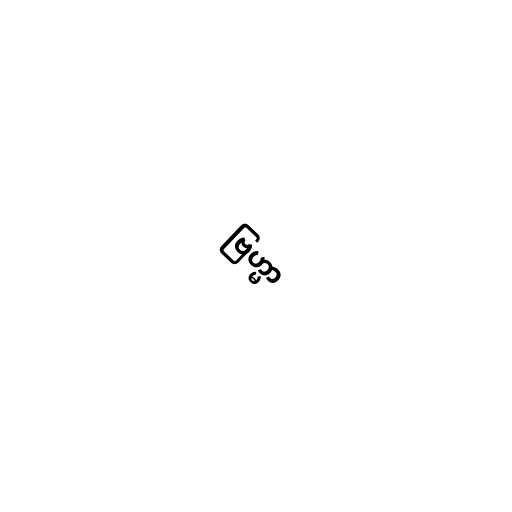
ဗြဟ္မာ